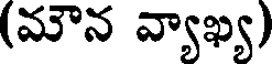
(మౌన వ్యాఖ్య)